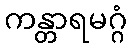
ကန္တာရမဂ္ဂံ